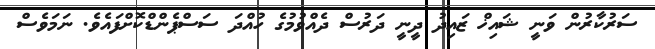
ސަރުކާރުން ވަނީ ޝައިޚް ޒައިދު ދީނީ ދަރުސް ދެއްވުމުގެ ހުއްދަ ސަސްޕެންޑްކޮށްފައެވެ. ނަމަވެސް